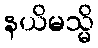
နယိမသ္မိ